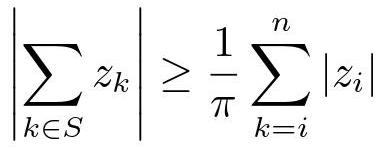
\[ \left| \sum_{k \in S} z_k \right| \geq \frac{1}{\pi} \sum_{k = i}^{n} |z_i| \]